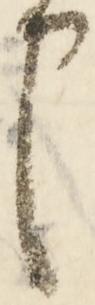
申